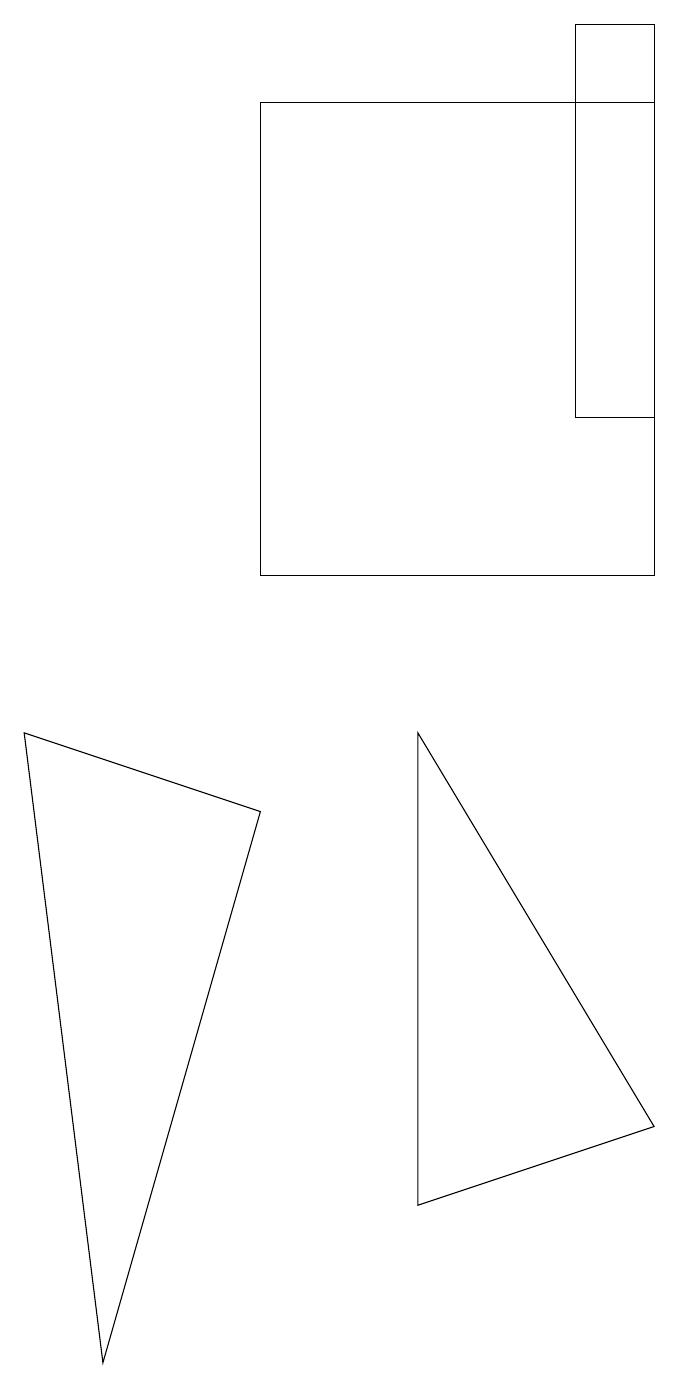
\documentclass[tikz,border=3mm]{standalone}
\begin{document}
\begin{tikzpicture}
\draw (5,9) -- (5,3) -- (8,4) -- cycle;
\draw (8,11) rectangle (3,17);
\draw (3,8) -- (0,9) -- (1,1) -- cycle;
\draw (7,18) rectangle (8,13);
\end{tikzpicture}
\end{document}